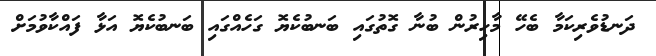
ދަނޑުވެރިކަމާ ބެހޭ މާހިރުން ބުނާ ގޮތުގައި ބަނބުކެޔޮ ގަހެއްގައި ބަނބުކެޔޮ އަޅާ ފައްކާވުމަށް